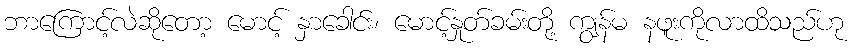
ဘာကြောင့်လဲဆိုတော့ မောင့် နှာခေါင်း၊ မောင့်နှုတ်ခမ်းတို့ ကျွန်မ နဖူးကိုလာထိသည်ဟု